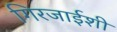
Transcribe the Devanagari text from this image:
गिरजाईशी